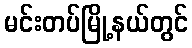
မင်းတပ်မြို့နယ်တွင်